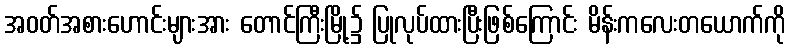
အဝတ်အစားဟောင်းများအား တောင်ကြီးမြို့၌ ပြုလုပ်ထားပြီးဖြစ်ကြောင်း မိန်းကလေးတယောက်ကို